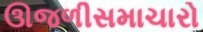
ઊજળીસમાચારો